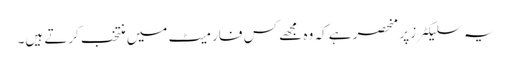
یہ سلیکٹرز پر منحصر ہے کہ وہ مجھے کس فارمیٹ میں منتخب کرتے ہیں۔